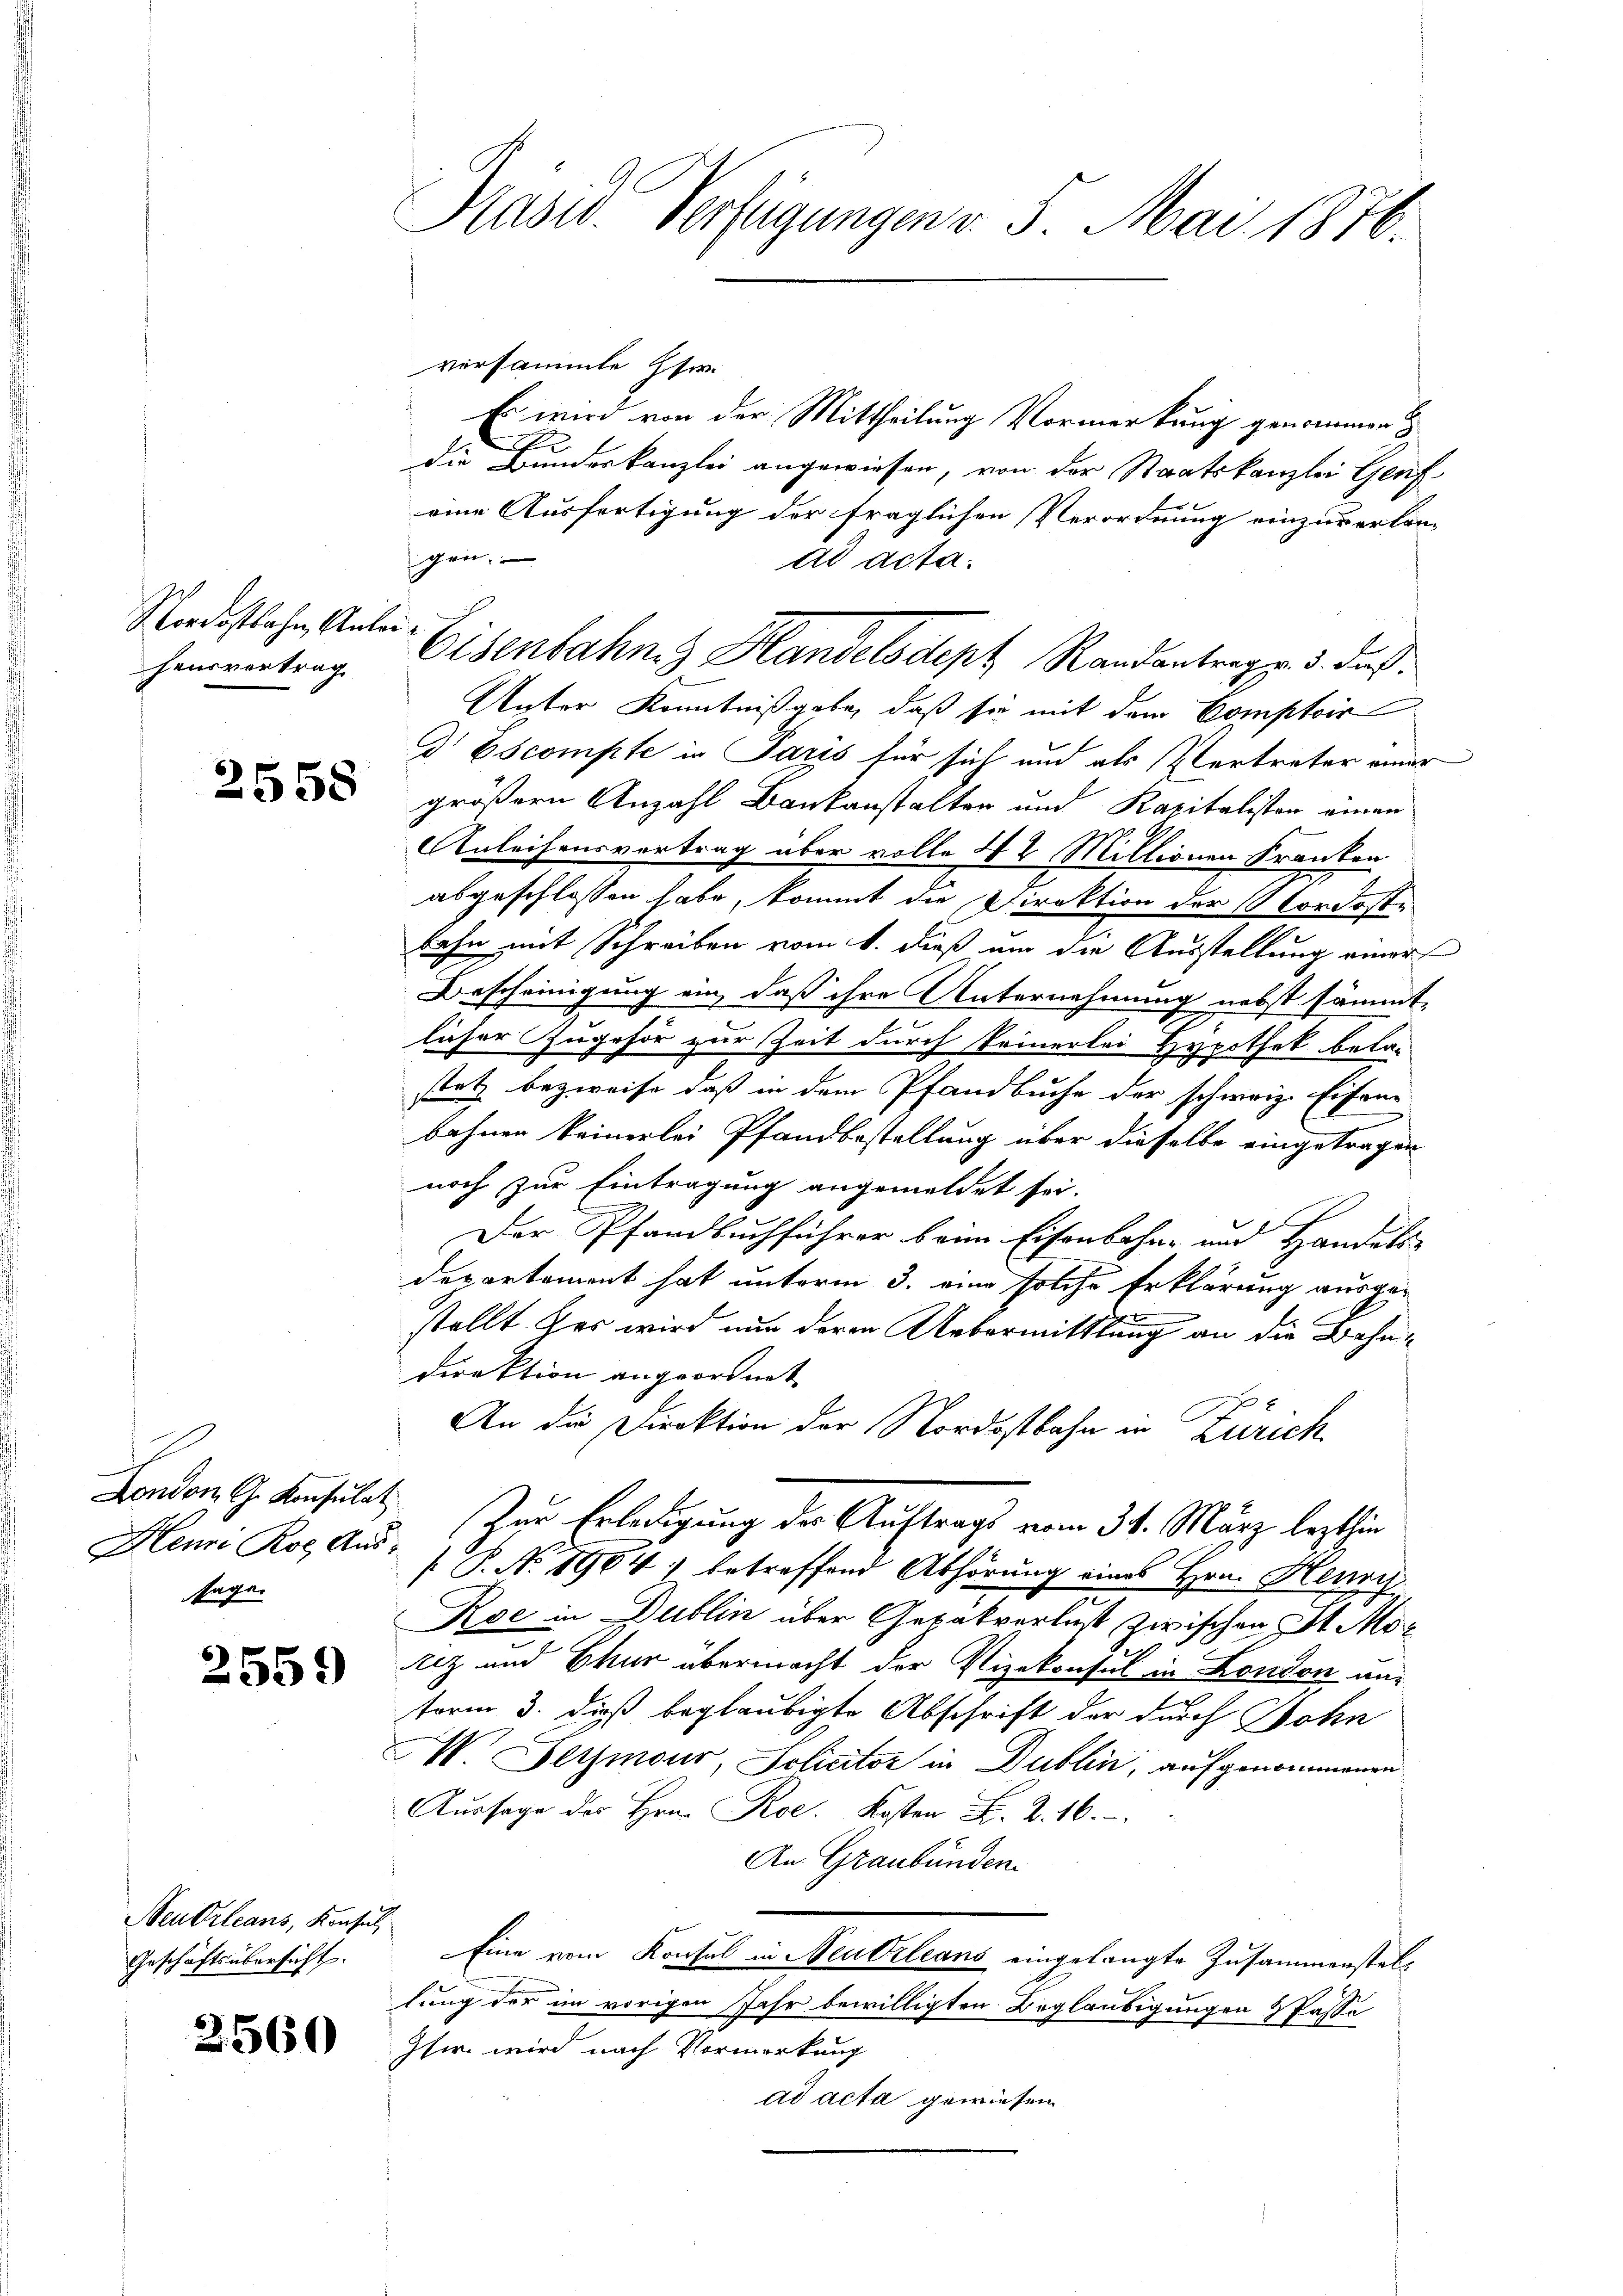
Nordostbahn, Anleihensvertrag

2558

London G. Konsulat
Heure Rol, Aus-
sage.

2559)

Neudrleans, Konsul
Geschäftsübersicht.

2560

Präsid Verfügungen v. 5. Mai 1876.

versammte Hr.
Es wird von der Mittheilung Vormerkung genommen
E
die Bundeskanzlei angewiesen, von der Staatskanzlei Genf
eine Ausfertigung der fraglichen Verordnung einzuverlan-
gen.
ad acta.
Unter Kenntnißgabe, daß sie mit dem Comptoir
Dr Escompte in Paris für sich und als Vertreter einer
größern Anzahl Bankanstalten und Kapitalisten einen
Anleihensvertrag über volle 42 Millionen Franken
abgeschlossen habe, kommt die Direktion der Nordoste
bahn mit Schreiben vom 1. dieß um die Ausstellung einer
Bescheinigung ein, daß ihre Unternehmung nebst sämmt-
licher Zugehör zur Zeit durch keinerlei Hypothek bela-
stetz bezweife, daß in dem Pfandbuche der schweiz. Eisene
bahnen keinerlei Pfandbestellung über dieselbe eingetragen
noch zur Eintragung angemeldet sei.
2
Der Pfandbuchführer beim Eisenbahne um Handels-
departement hat unterm 3. eine solche Erklärung ausgestellt her wird nur deren Uebermittlung an die Bahndirektion angeordnet
An die Direktion der Nordostbahn in Zürich
Zur Erledigung der Auftrags vom 31. März lezthin
 P. No 1904 betreffend Abhörung eines Hrn. Henri
Roe in Dublin über Gepabverlust zwischen St. Motiz und Chur übermacht der Vizekonsul in London anform 3. dieß beglaubigte Abschrift der durch Bohn
M. Heizmour, Policitor in Dublin, aufgenommenen
Aussage des Hrn. Roe. Kosten L. Z. 16.
An Graubünden.
Eine vom Konsul in Neutrleans eingelangte Zusammenstellung der im vorigen Jahr bewilligten Beglaubigungen & Pässe
Ihwr. wird nach Vormerkung
ad acta gewiesen

Eisenbahn. Handelsdept Randantrag v. 3. daß